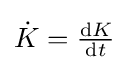
{\dot {K}}={\tfrac {\mathrm {d} K}{\mathrm {d} t}}